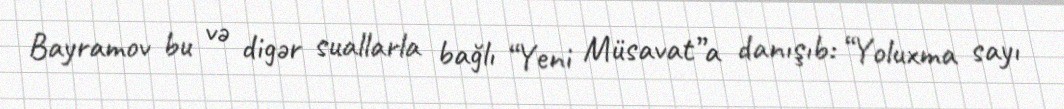
Bayramov bu və digər suallarla bağlı “Yeni Müsavat”a danışıb: “Yoluxma sayı